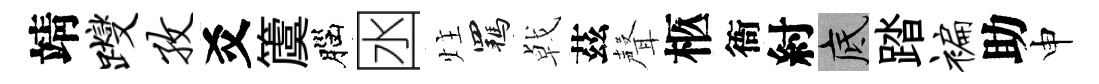
靖躞孜爻𥵂腦囦炷羈㦸茲聲柩衙紂底踏褊助申